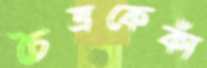
চৈত্রকেকাঁ